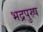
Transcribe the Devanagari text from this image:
भद्रपुस्र्ष